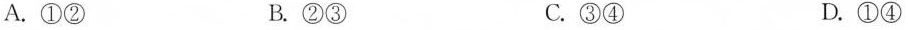
A.①② B.②③ C.③④ D.①④